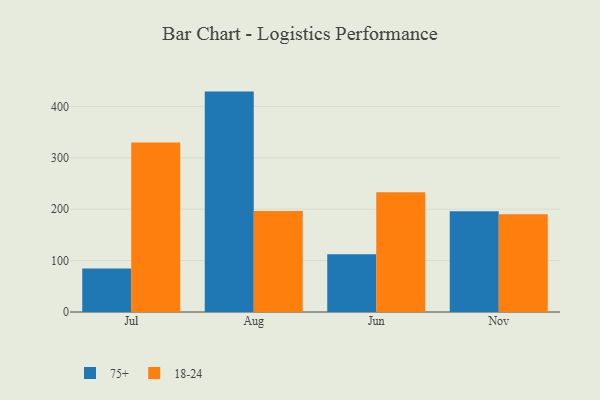
{"axis": {"x": "Month", "y": "Waste Production (Tons)"}, "legend": ["18-24", "75+"], "data": [{"x": "Jul", "y": 84.6, "type": "75+"}, {"x": "Jul", "y": 329.8, "type": "18-24"}, {"x": "Aug", "y": 428.8, "type": "75+"}, {"x": "Aug", "y": 196.7, "type": "18-24"}, {"x": "Jun", "y": 112.2, "type": "75+"}, {"x": "Jun", "y": 232.9, "type": "18-24"}, {"x": "Nov", "y": 195.8, "type": "75+"}, {"x": "Nov", "y": 190.2, "type": "18-24"}]}